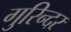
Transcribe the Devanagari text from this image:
गुरिन्दर